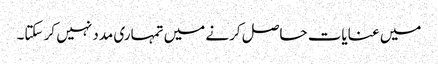
میں عنایات حاصل کرنے میں تمہاری مدد نہیں کر سکتا۔